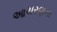
આચરણના